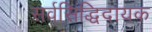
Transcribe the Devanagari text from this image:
सर्वसिद्धिदायक